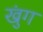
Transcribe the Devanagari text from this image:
खुंग